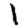
Digit: 1